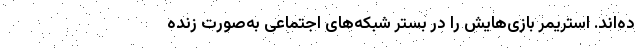
ده‌اند. استریمر بازی‌هایش را در بستر شبکه‌های اجتماعی به‌صورت زنده